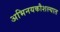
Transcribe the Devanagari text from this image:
अभिनयकौशल्यात